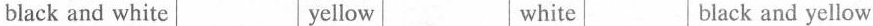
biack and white yellow white black and yellow